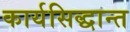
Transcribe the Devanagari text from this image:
कार्यसिद्धान्त